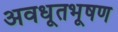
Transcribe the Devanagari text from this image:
अवधूतभूषण